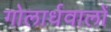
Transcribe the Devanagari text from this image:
गोलार्धवालों